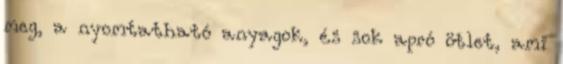
meg, a nyomtatható anyagok, és sok apró ötlet, ami